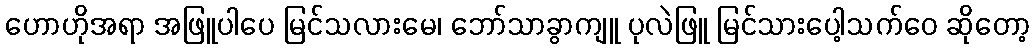
ဟောဟိုအရာ အဖြူပါပေ မြင်သလားမေ၊ ဘော်သာခွာကျူ ပုလဲဖြူ မြင်သားပေါ့သက်ဝေ ဆိုတော့